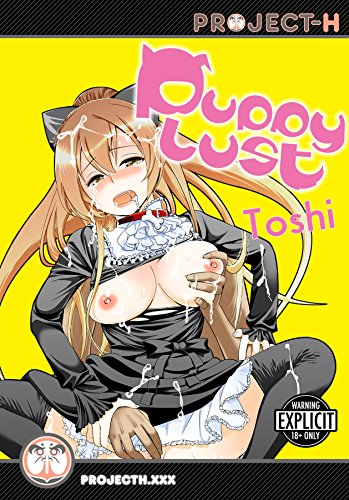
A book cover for Puppy Lust (Hentai Manga); Toshi; Comics & Graphic Novels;